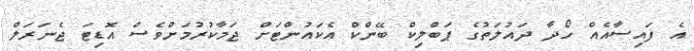
އެ ފައިސާއެއް ހޯދާ ދައުލަތުގެ ޕަބްލިކް ބޭންކް އެކައުންޓަށް ޖަމާކުރުމަށްވެސް އޮޑިޓަ ޖެނަރަލް